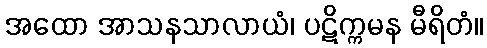
အထော အာသနသာလာယံ၊ ပဋိက္ကမန မီရိတံ။